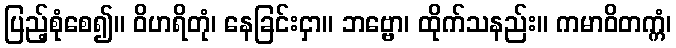
ပြည့်စုံစေ၍။ ဝိဟရိတုံ၊ နေခြင်းငှာ။ ဘဗ္ဗော၊ ထိုက်သနည်း။ ကမာဝိတက္ကံ၊